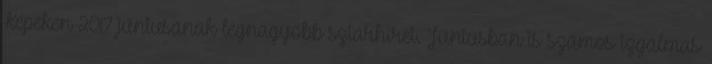
Képeken 2017 júniusának legnagyobb sztárhírei. Júniusban is számos izgalmas